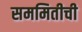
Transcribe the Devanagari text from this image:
सममितीची